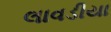
લાવડીયા